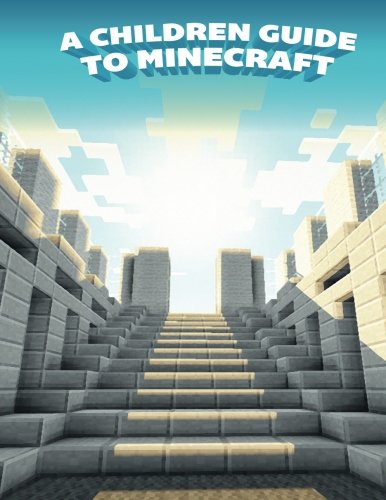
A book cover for Amazing Children's Guide To The World of Minecraft; Innovate Media; Humor & Entertainment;